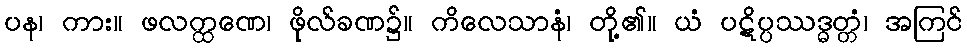
ပန၊ ကား။ ဖလက္ထဏေ၊ ဖိုလ်ခဏ၌။ ကိလေသာနံ၊ တို့၏။ ယံ ပဋိပ္ပဿဒ္ဓတ္တံ၊ အကြင်